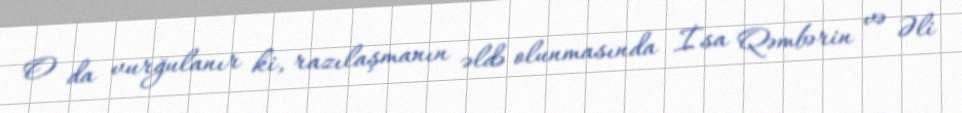
O da vurğulanır ki, razılaşmanın əldə olunmasında İsa Qəmbərin və Əli